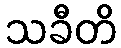
သခီတိ